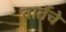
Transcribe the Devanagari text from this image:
वार्तेचे